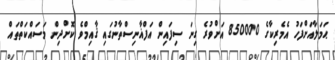
ޙަމަލާއަށްފަހު އެމެރިކާގެ 850000 އަށްވުރެ ގިނަ ސިފައިން އަފްޣާނިސްތާނުގައި ޤާއިމްވެ ކޮށްދިން މަސައްކަތްތައް